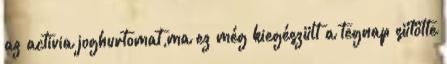
az activia joghurtomat,ma ez még kiegészült a tegnap sütötte